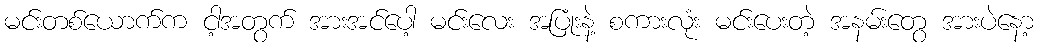
မင်းတစ်ယောက်က ငါ့အတွက် အားအင်ပေါ့ မင်းလေး အပြုံးနဲ့ စကားလုံး မင်းပေးတဲ့ အနမ်းတွေ အားပဲနော့